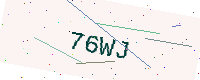
Text: 76WJ